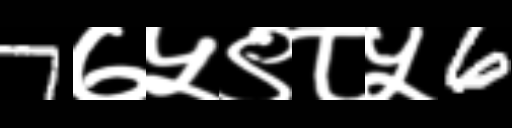
Text: 7७५९८५6